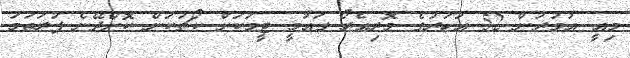
މިއީ އުމުރުން 52 އަހަރުގެ މޮރިއެރޯ ގައުމީ ޓީމަކަށް ކޯޗުކަން ކޮށްދޭނެ ފުރަތަމަ